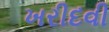
ખરીદવી